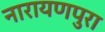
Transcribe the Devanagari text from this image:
नारायणपुरा